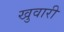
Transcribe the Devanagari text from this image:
खुवारी